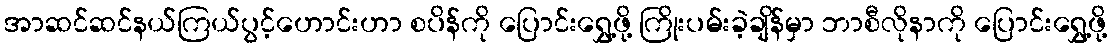
အာဆင်ဆင်နယ်ကြယ်ပွင့်ဟောင်းဟာ စပိန်ကို ပြောင်းရွှေ့ဖို့ ကြိုးပမ်းခဲ့ချိန်မှာ ဘာစီလိုနာကို ပြောင်းရွှေ့ဖို့